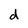
Character: d